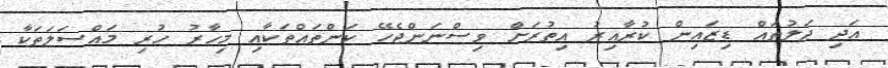
އަދި ޖަލުތައް ޑިޒައިން ކުރާއިރު އިތުރަށް ވިސްނަންޖެހޭ ކަންތައްތަކާއި މިހާރު ހުރި މައްސަލަތަކާ